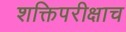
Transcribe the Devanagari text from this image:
शक्तिपरीक्षाच